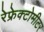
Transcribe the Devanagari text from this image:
रेफ्रेक्टोमीटर